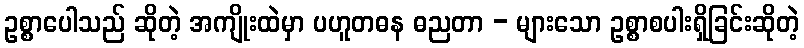
ဥစ္စာပေါသည် ဆိုတဲ့ အကျိုးထဲမှာ ပဟူတဓန ဓညတာ - များသော ဥစ္စာစပါးရှိခြင်းဆိုတဲ့